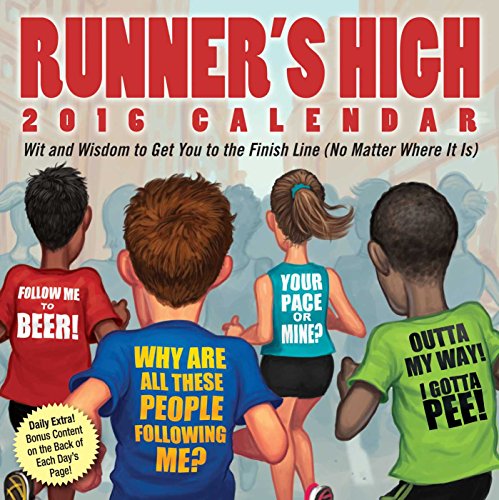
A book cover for Runner's High 2016 Day-to-Day Calendar: Wit and Wisdom to Get You to the Finish Line (No Matter Where It Is); Andrews McMeel Publishing LLC; Humor & Entertainment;